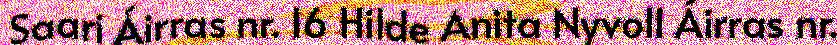
Saari Áirras nr. 16 Hilde Anita Nyvoll Áirras nr.